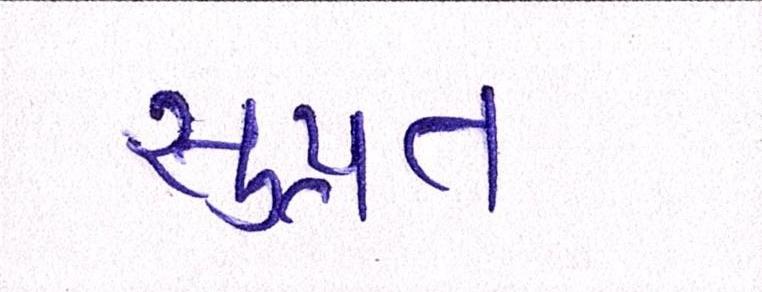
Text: સુપ્રત